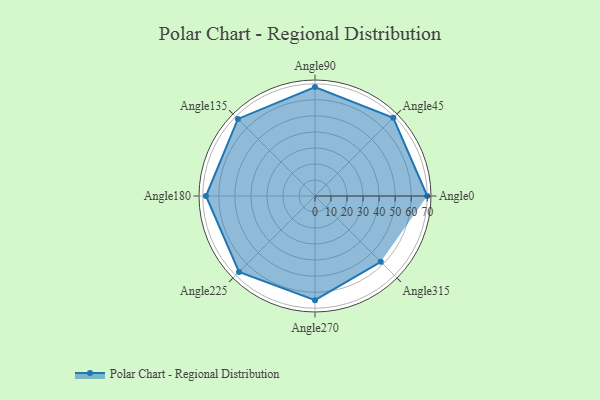
{"axis": {"x": "Angle", "y": "Radius"}, "legend": [""], "data": [{"x": "Angle0", "y": 70.0, "type": ""}, {"x": "Angle45", "y": 69.0, "type": ""}, {"x": "Angle90", "y": 68.0, "type": ""}, {"x": "Angle135", "y": 68.0, "type": ""}, {"x": "Angle180", "y": 68.0, "type": ""}, {"x": "Angle225", "y": 67.0, "type": ""}, {"x": "Angle270", "y": 65.0, "type": ""}, {"x": "Angle315", "y": 58.0, "type": ""}]}